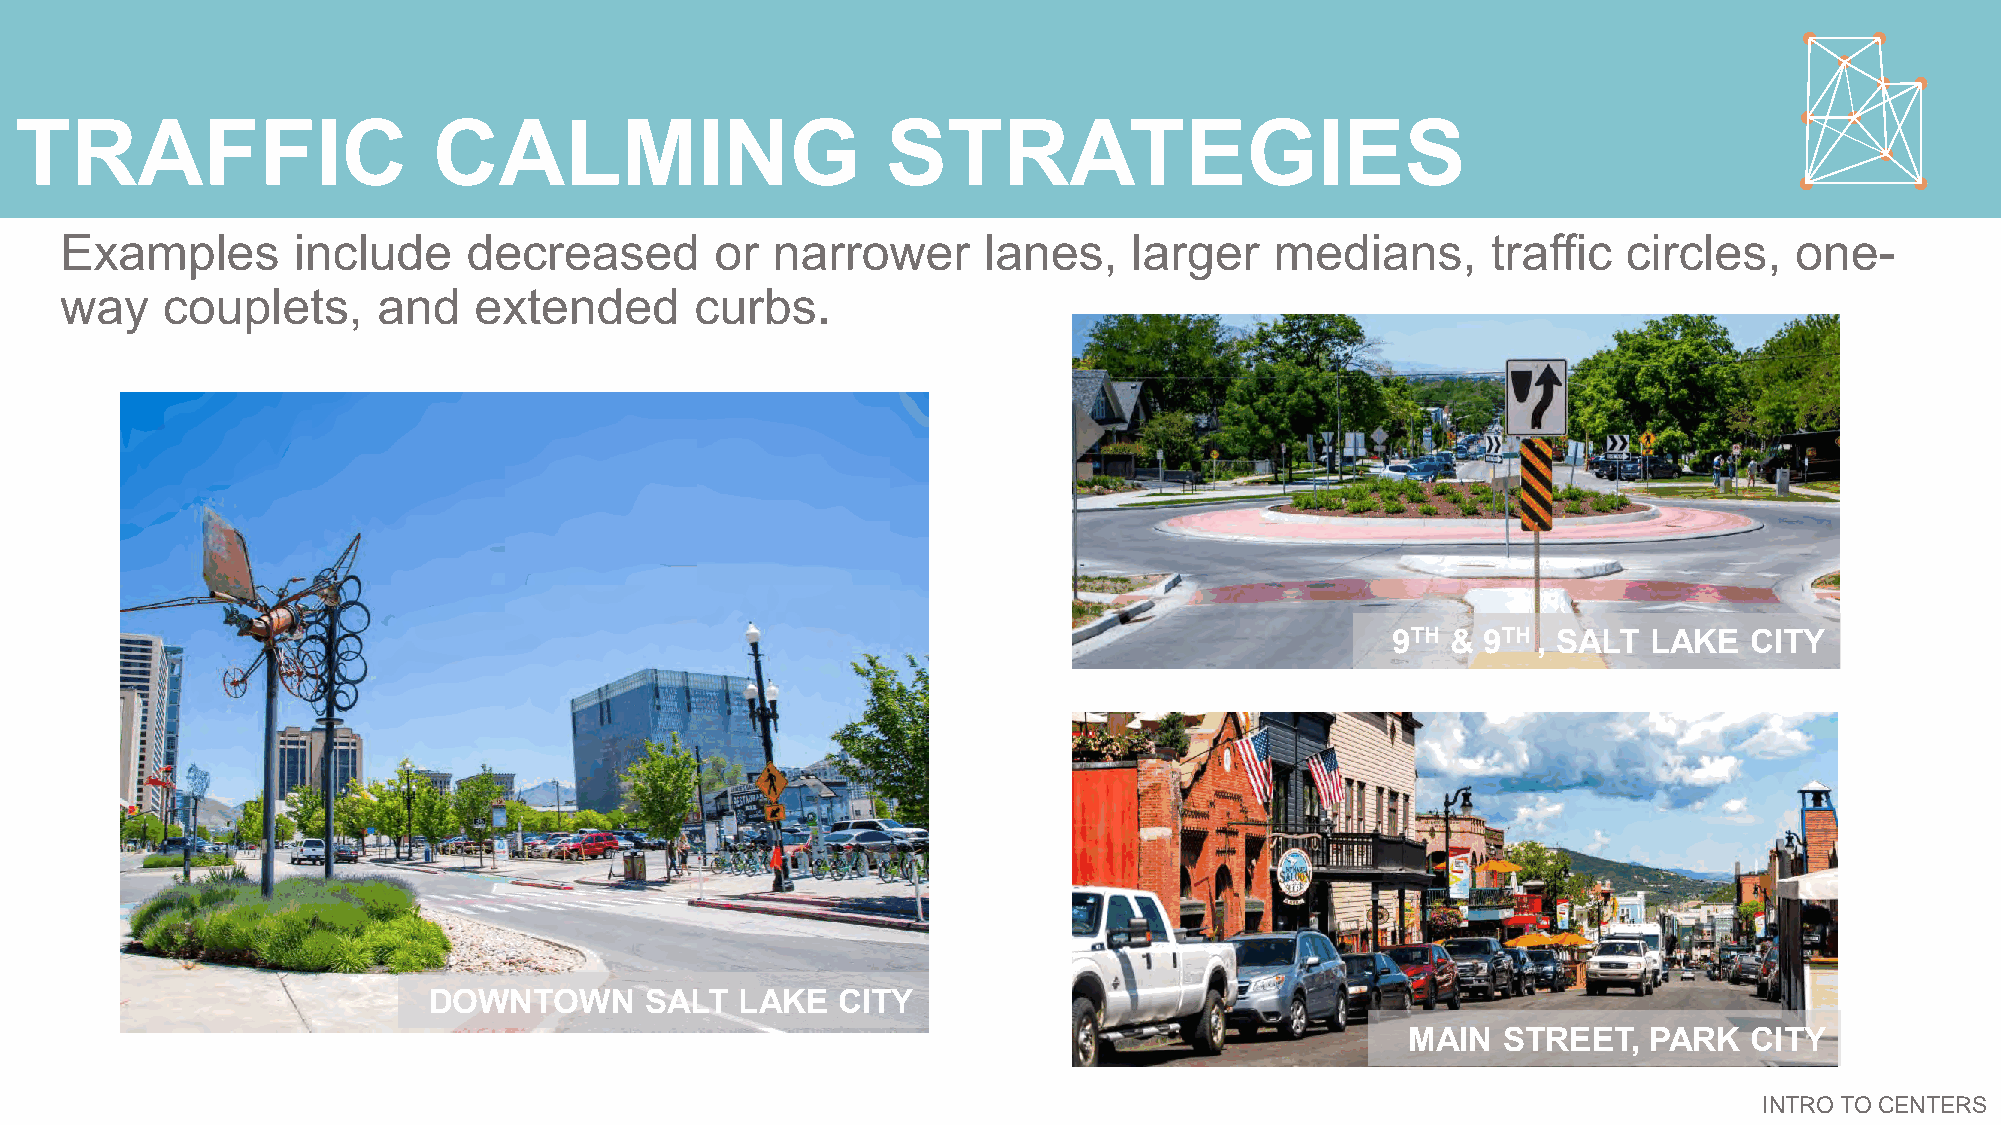
TRAFFIC                     CALMING                       STRATEGIES
 Examples       include     decreased       or  narrower      lanes,    larger   medians,       traffic  circles,   one-
 way    couplets,     and   extended       curbs.
 9TH & 9TH , SALT LAKE   CITY
 DOWNTOWN       SALT  LAKE  CITY
 MAIN  STREET,   PARK   CITY
 INTRO TO CENTERS